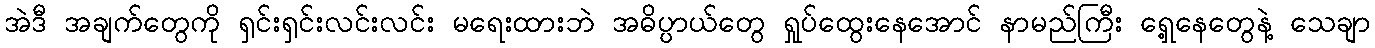
အဲဒီ အချက်တွေကို ရှင်းရှင်းလင်းလင်း မရေးထားဘဲ အဓိပ္ပာယ်တွေ ရှုပ်ထွေးနေအောင် နာမည်ကြီး ရှေ့နေတွေနဲ့ သေချာ